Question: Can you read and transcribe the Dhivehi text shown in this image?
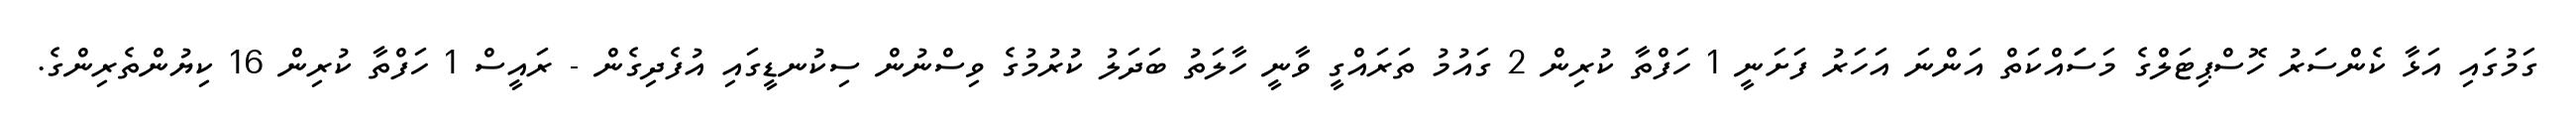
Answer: ގަމުގައި އަޅާ ކެންސަރު ހޮސްޕިޓަލްގެ މަސަައްކަތް އަންނަ އަހަރު ފަށަނީ 1 ހަފްތާ ކުރިން 2 ގައުމު ތަރައްގީ ވާނީ ހާލަތު ބަދަލު ކުރުމުގެ ވިސްނުން ސިކުނޑީގައި އުފެދިގެން - ރައީސް 1 ހަފްތާ ކުރިން 16 ކިޔުންތެރިންގެ.